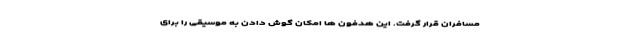
مسافران قرار گرفت. این هدفون ها امکان گوش دادن به موسیقی را برای